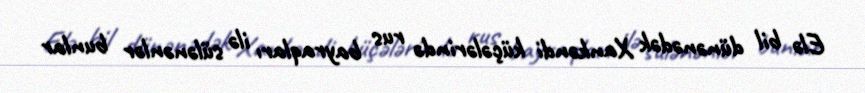
Elə bil dünənədək Xankəndi küçələrində rus bayraqları ilə sülənənlər bunlar